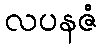
လပနဇံ